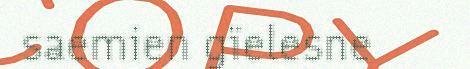
saemien gïelesne